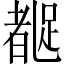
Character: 𬦼